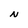
Character: N